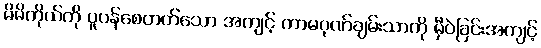
မိမိကိုယ်ကို ပူပန်စေတတ်သော အကျင့် ကာမဂုဏ်ချမ်းသာကို မှီဝဲခြင်းအကျင့်